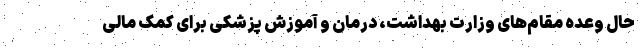
حال وعده مقام‌های وزارت بهداشت، درمان و آموزش پزشکی برای کمک مالی